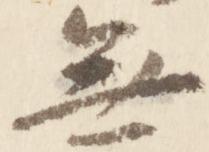
無